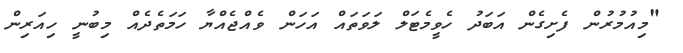
"މިއުމުރުން ފެށިގެން އަބަދު ހެވީމެޓަލް ލަވަތައް އަހަން ވެއްޖެއްޔާ ހަމަތެދެއް މިބުނީ ހިއަރިން